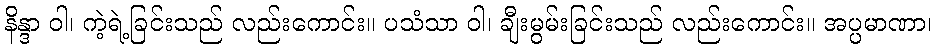
နိန္ဒာ ဝါ၊ ကဲ့ရဲ့ခြင်းသည် လည်းကောင်း။ ပသံသာ ဝါ၊ ချီးမွမ်းခြင်းသည် လည်းကောင်း။ အပ္ပမာဏာ၊